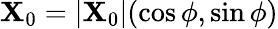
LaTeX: \mathbf{X}_{0}=\vert\mathbf{X}_{0}\vert(\cos\phi,\sin\phi)